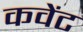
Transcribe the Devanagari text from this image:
कवेंट